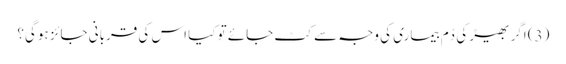
(3) اگر بھیڑ کی دُم بیماری کی وجہ سے کٹ جائے تو کیا اس کی قربانی جائز ہوگی؟